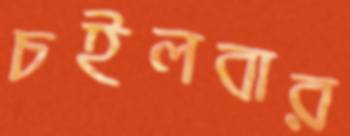
চইলবার